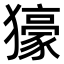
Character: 𤢭